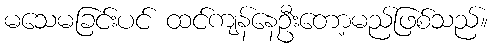
မသေမခြင်းပင် ထင်ကျန်နေဦးတော့မည်ဖြစ်သည်။